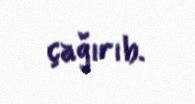
çağırıb.